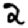
Digit: 2